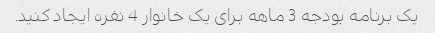
یک برنامه بودجه 3 ماهه برای یک خانوار 4 نفره ایجاد کنید.